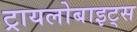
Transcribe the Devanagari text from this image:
ट्रायलोबाइट्स